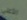
الأعلى